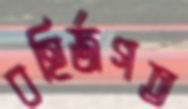
বহির্জগত